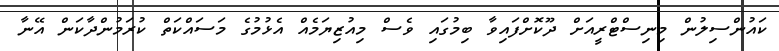
ކައުންސިލުން މިނިސްޓްރީއަށް ދޫކޮށްފައިވާ ބިމުގައި ވެސް މިއުޒިޔަމެއް އެޅުމުގެ މަސައްކަތް ކުރަމުންދާކަން އޭނާ